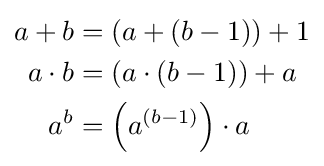
{\begin{aligned}a+b&=(a+(b-1))+1\\a\cdot b&=(a\cdot (b-1))+a\\a^{b}&=\left(a^{(b-1)}\right)\cdot a\end{aligned}}